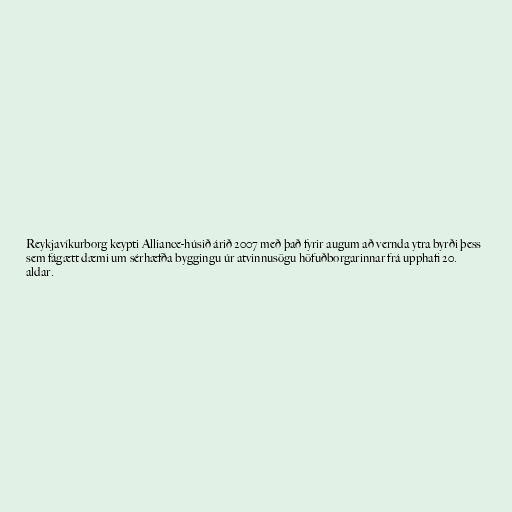
Reykjavíkurborg keypti Alliance-húsið árið 2007 með það fyrir augum að vernda ytra byrði þess
sem fágætt dæmi um sérhæfða byggingu úr atvinnusögu höfuðborgarinnar frá upphafi 20.
aldar.